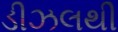
ડીઝલથી